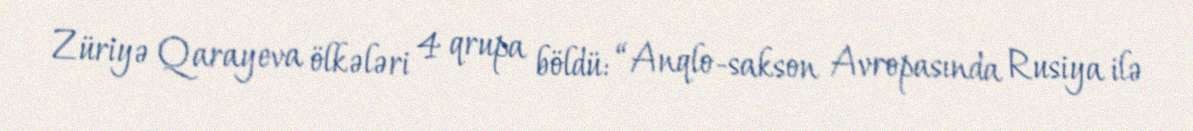
Züriyə Qarayeva ölkələri 4 qrupa böldü: “Anqlo-sakson Avropasında Rusiya ilə